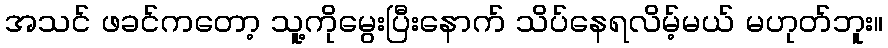
အသင် ဖခင်ကတော့ သူ့ကိုမွေးပြီးနောက် သိပ်နေရလိမ့်မယ် မဟုတ်ဘူး။